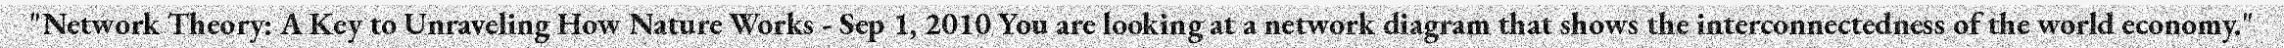
"Network Theory: A Key to Unraveling How Nature Works - Sep 1, 2010 You are looking at a network diagram that shows the interconnectedness of the world economy."